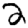
Digit: 2